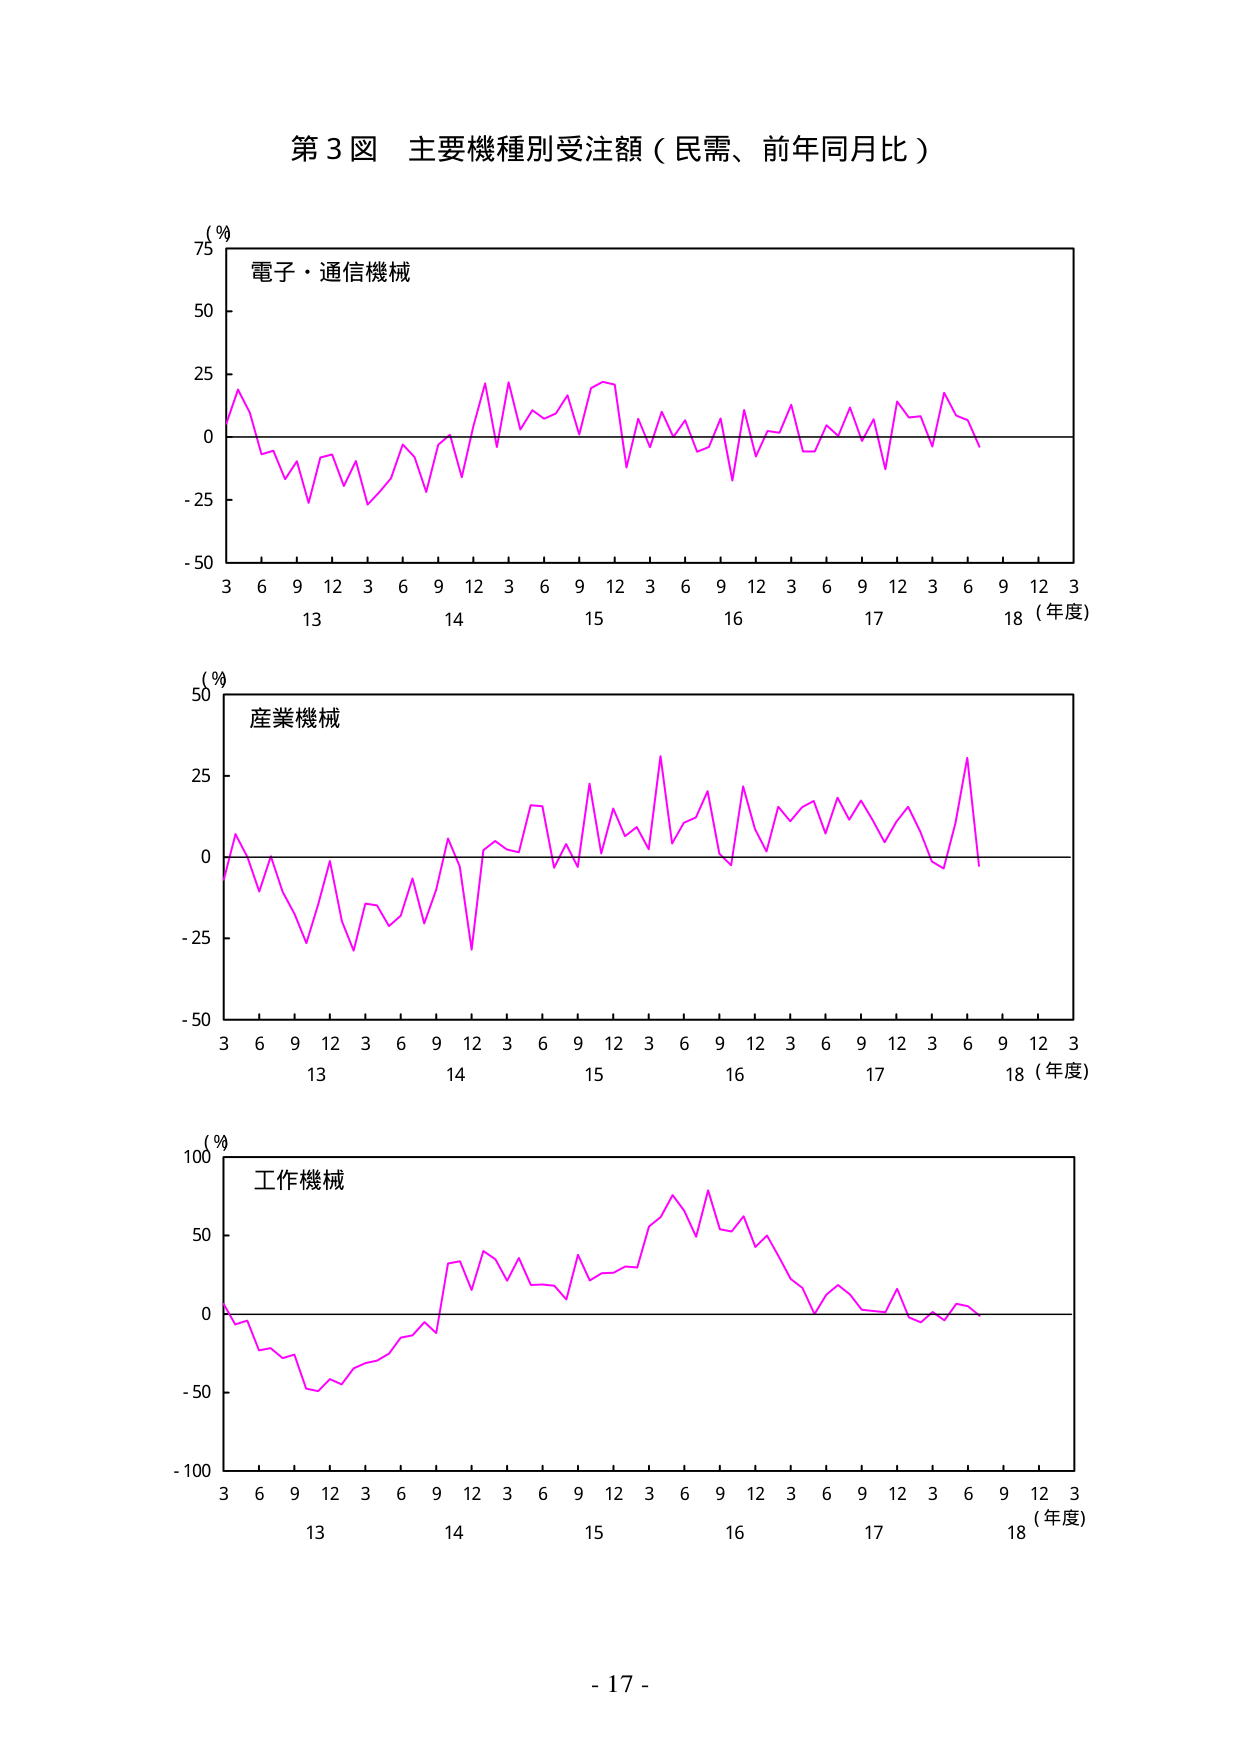
第3図 主要機種別受注額（民需、前年同月比）

（％）
電子・通信機械
75
50
25
0
-25
-50
3 6 9 12 3 6 9 12 3 6 9 12 3 6 9 12 3 6 9 12 3
13 14 15 16 17 18（年度）

（％）
産業機械
50
25
0
-25
-50
3 6 9 12 3 6 9 12 3 6 9 12 3 6 9 12 3 6 9 12 3
13 14 15 16 17 18（年度）

（％）
工作機械
100
50
0
-50
-100
3 6 9 12 3 6 9 12 3 6 9 12 3 6 9 12 3 6 9 12 3
13 14 15 16 17 18（年度）

- 17 -